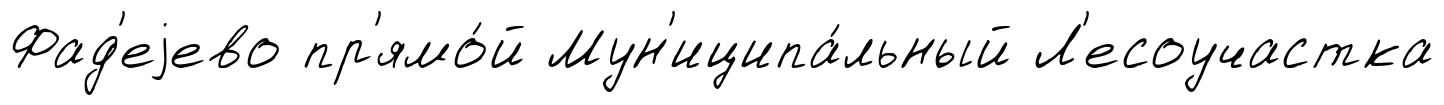
Фад'еjево пр'ямо́й Мун'иципа́льный Л'есоучастка